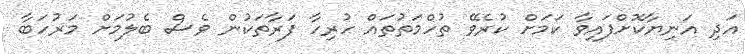
އަދި އަނިޔާކޮށްފައިވާ ކަމަށް ކުރެވޭ ތުހްމަތުތައް ހުރިހާ ފަރާތަކުން ވެސް ބެލުމަށް މަރުހަބާ